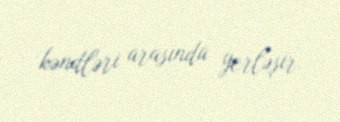
kəndləri arasında yerləşir.